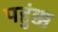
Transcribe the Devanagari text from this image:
पहुंक्क